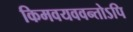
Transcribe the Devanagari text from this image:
किमवयववन्तोऽपि